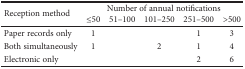
| <ROWSPAN=2> Reception method | <COLSPAN=5> Number of annual notifications |
 | ≤50 | 51–100 | 101–250 | 251–500 | >500 |
 | --- | --- | --- | --- | --- | --- |
 | Paper records only | 1 |  |  | 1 | 3 |
 | Both simultaneously | 1 |  | 2 | 1 | 4 |
 | Electronic only |  |  |  | 2 | 6 |